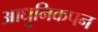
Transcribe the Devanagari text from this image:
आधुनिकपन